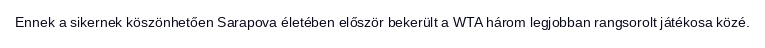
Ennek a sikernek köszönhetően Sarapova életében először bekerült a WTA három legjobban rangsorolt játékosa közé.